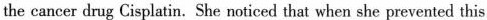
the cancer drug Cisplatin. She noticed that when she prevented this